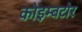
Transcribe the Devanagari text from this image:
कोइम्बटोर